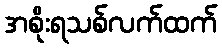
အစိုးရသစ်လက်ထက်